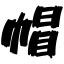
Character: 帽